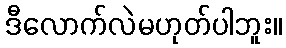
ဒီလောက်လဲမဟုတ်ပါဘူး။